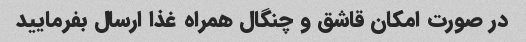
در صورت امکان قاشق و چنگال همراه غذا ارسال بفرمایید